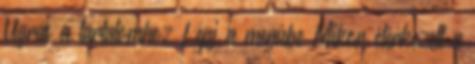
Ugrás a tartalomhoz Lépj a menübe Mikor elérkezett a